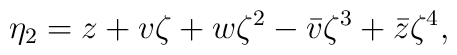
\eta_2=z+v\zeta+w\zeta^2-\bar{v}\zeta^3+\bar{z}\zeta^4 ,